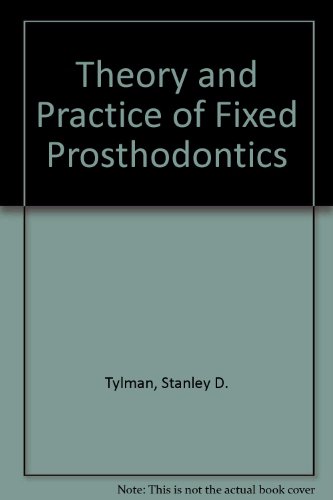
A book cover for Tylman's Theory and Practice of Fixed Prosthodontics; William F. P. Malone; Medical Books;